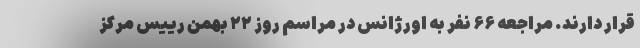
قرار دارند. مراجعه ۶۶ نفر به اورژانس در مراسم روز ۲۲ بهمن رییس مرکز